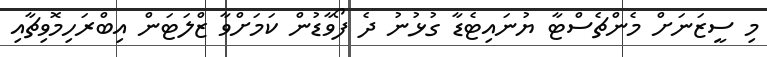
މި ސީޒަނަށް މެންޗެސްޓާ ޔުނައިޓެޑާ ގުޅުނު ދެ ފޯވާޑުން ކަމަށްވާ ޒްލަޓަން އިބްރަހިމޮވިޗާއި